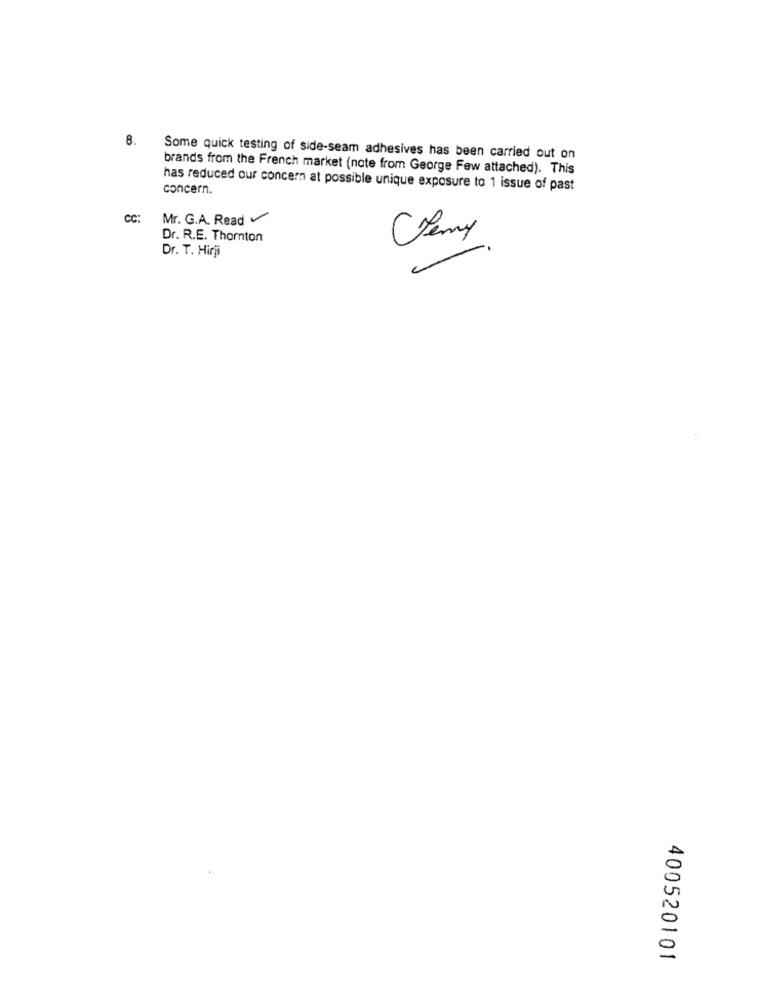
8.
Some quick testing of side-seam adhesives has been carried out on
brands from the French market (note from George Few attached). This
has reduced our concern at possible unique exposure to 1 issue of past
concern.
CC:
Mr. G.A. Read
Dr. R.E. Thornton
Jemy
Dr. T. Hirji
400520101